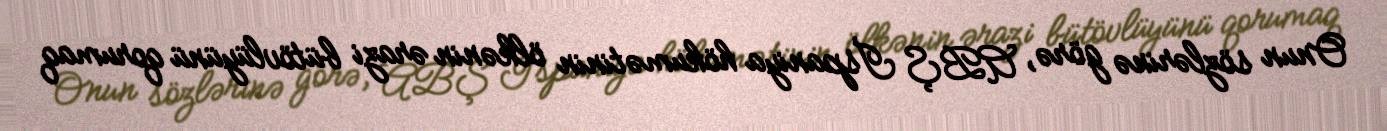
Onun sözlərinə görə, ABŞ İspaniya hökumətinin ölkənin ərazi bütövlüyünü qorumaq